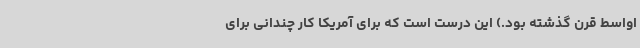
اواسط قرن گذشته بود.) این درست است که برای آمریکا کار چندانی برای